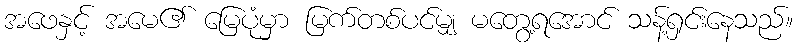
အဖေနှင့် အမေ၏ မြေပုံမှာ မြက်တစ်ပင်မျှ မတွေ့ရအောင် သန့်ရှင်းနေသည်။